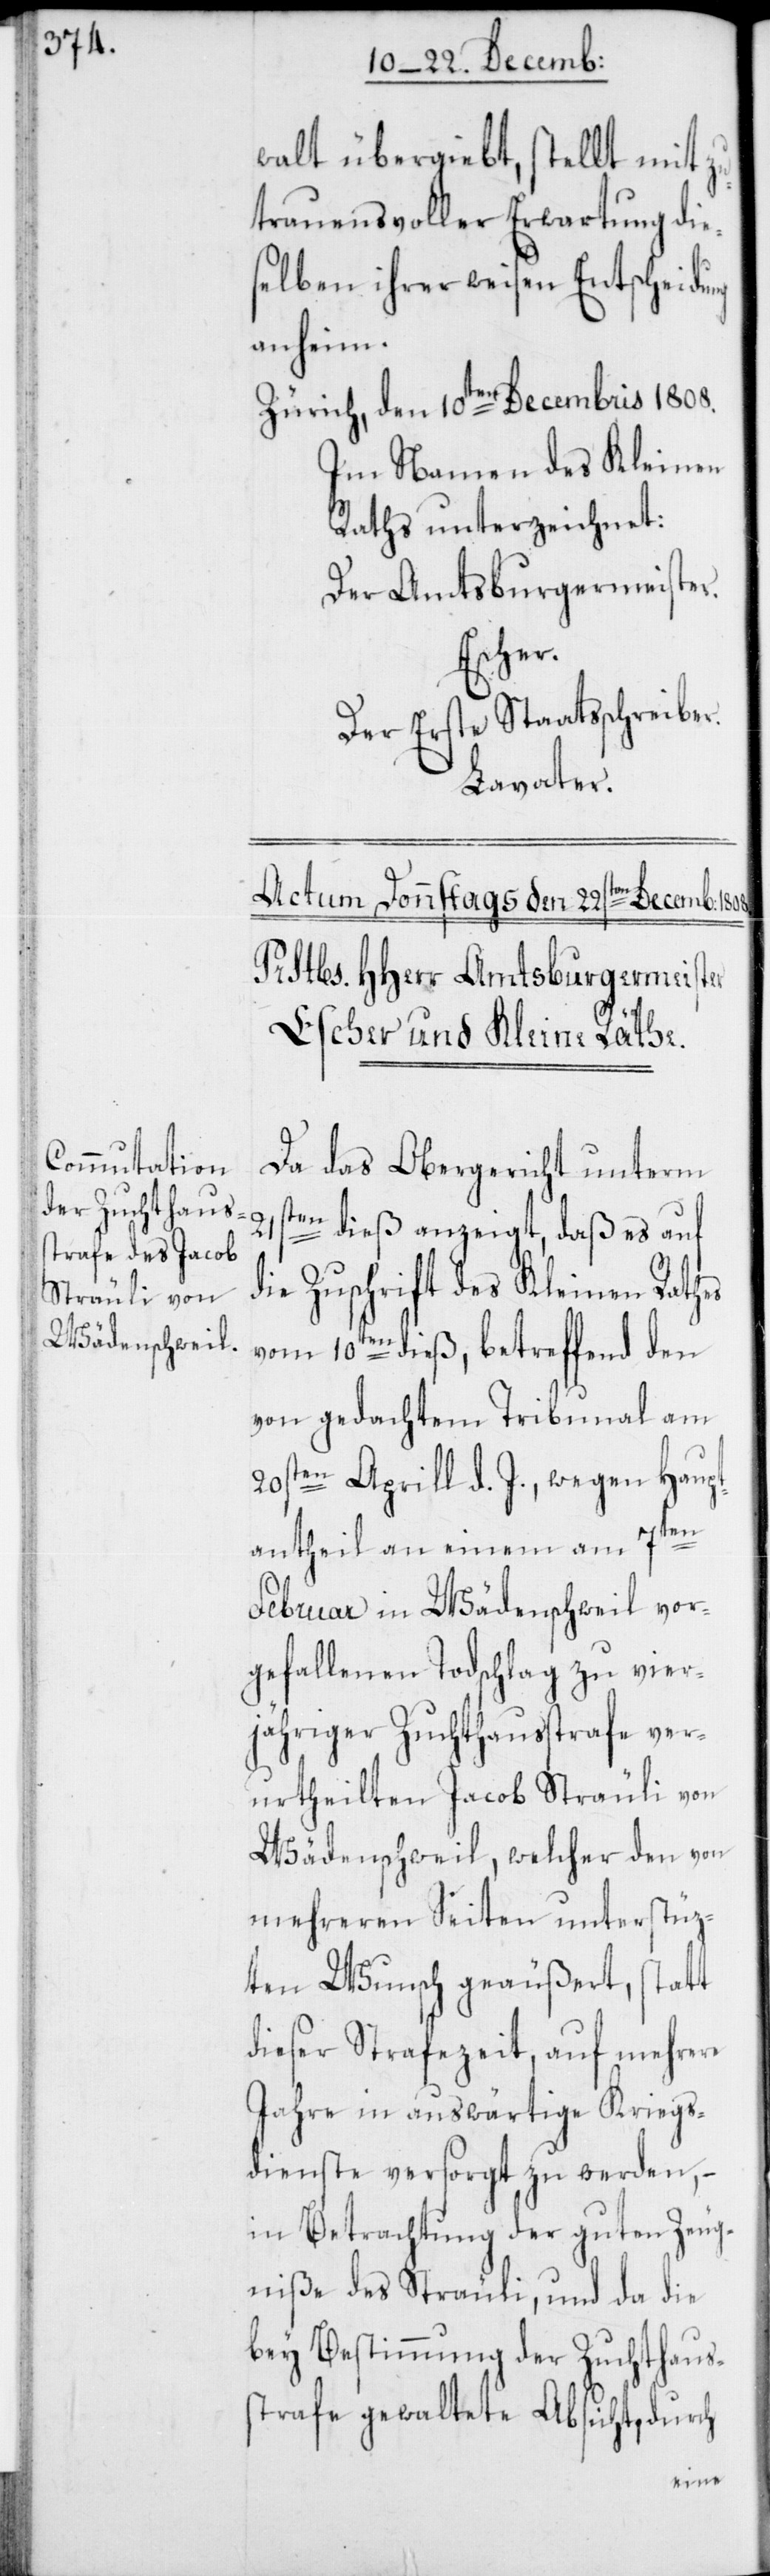
walt übergiebt, stellt mit zu¬
trauensvoller Erwartung die¬
selben ihrer weisen Entscheidung
anheim.
Zürich, den 10ten Decembris 1808.
Im Namen des Kleinen
Raths unterzeichnet:
Der Amtsburgermeister.
Escher.
Der Erste Staatsschreiber.
Lavater.
Da das Obergericht unterm
21sten
dieß anzeigt, daß es auf
die Zuschrift des Kleinen Rathes
vom 10ten dieß, betreffend den
von gedachtem Tribunal am
20sten Aprill d. J., wegen Haup¬
tantheil an einem am 7ten
Februar in Wädenschweil vor¬
gefallenen Todschlag zu vier¬
jähriger Zuchthausstrafe ver¬
urtheilten Jacob Sträuli von
Wädenschweil, welcher den von
mehreren Seiten unterstüz¬
ten Wunsch geäußert, statt
dieser Strafezeit, auf mehrere
Jahre in auswärtige Kriegs¬
dienste versorgt zu werden, –
in Betrachtung der guten Zeug¬
niße des Sträuli, und da die
bey Bestimmung der Zuchthaus¬
strafe gewaltete Absicht, durch